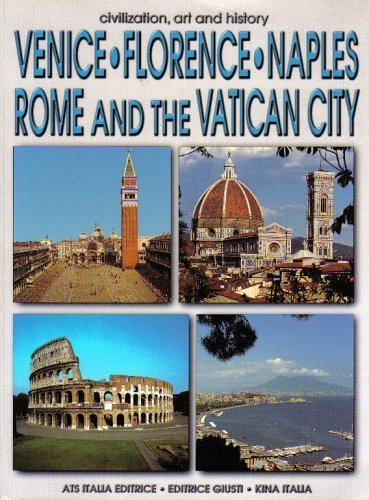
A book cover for Venice, Florence, Naples, Rome, and the Vatican City (Civilization, Art, and History); Pier Francesco Listri; Travel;